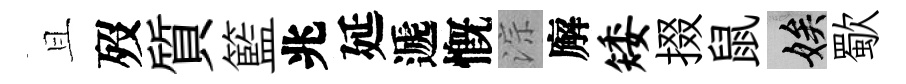
且歿質籃兆延遞慨淙廨矮掇鼠娭歜